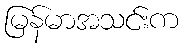
မြန်မာအသင်းက